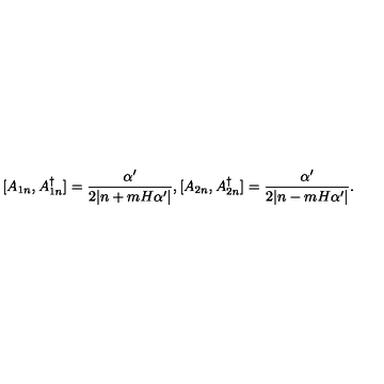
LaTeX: [ A _ { 1 n } , A _ { 1 n } ^ { \dagger } ] = \frac { \alpha ^ { \prime } } { 2 | n + m H \alpha ^ { \prime } | } , [ A _ { 2 n } , A _ { 2 n } ^ { \dagger } ] = \frac { \alpha ^ { \prime } } { 2 | n - m H \alpha ^ { \prime } | } .